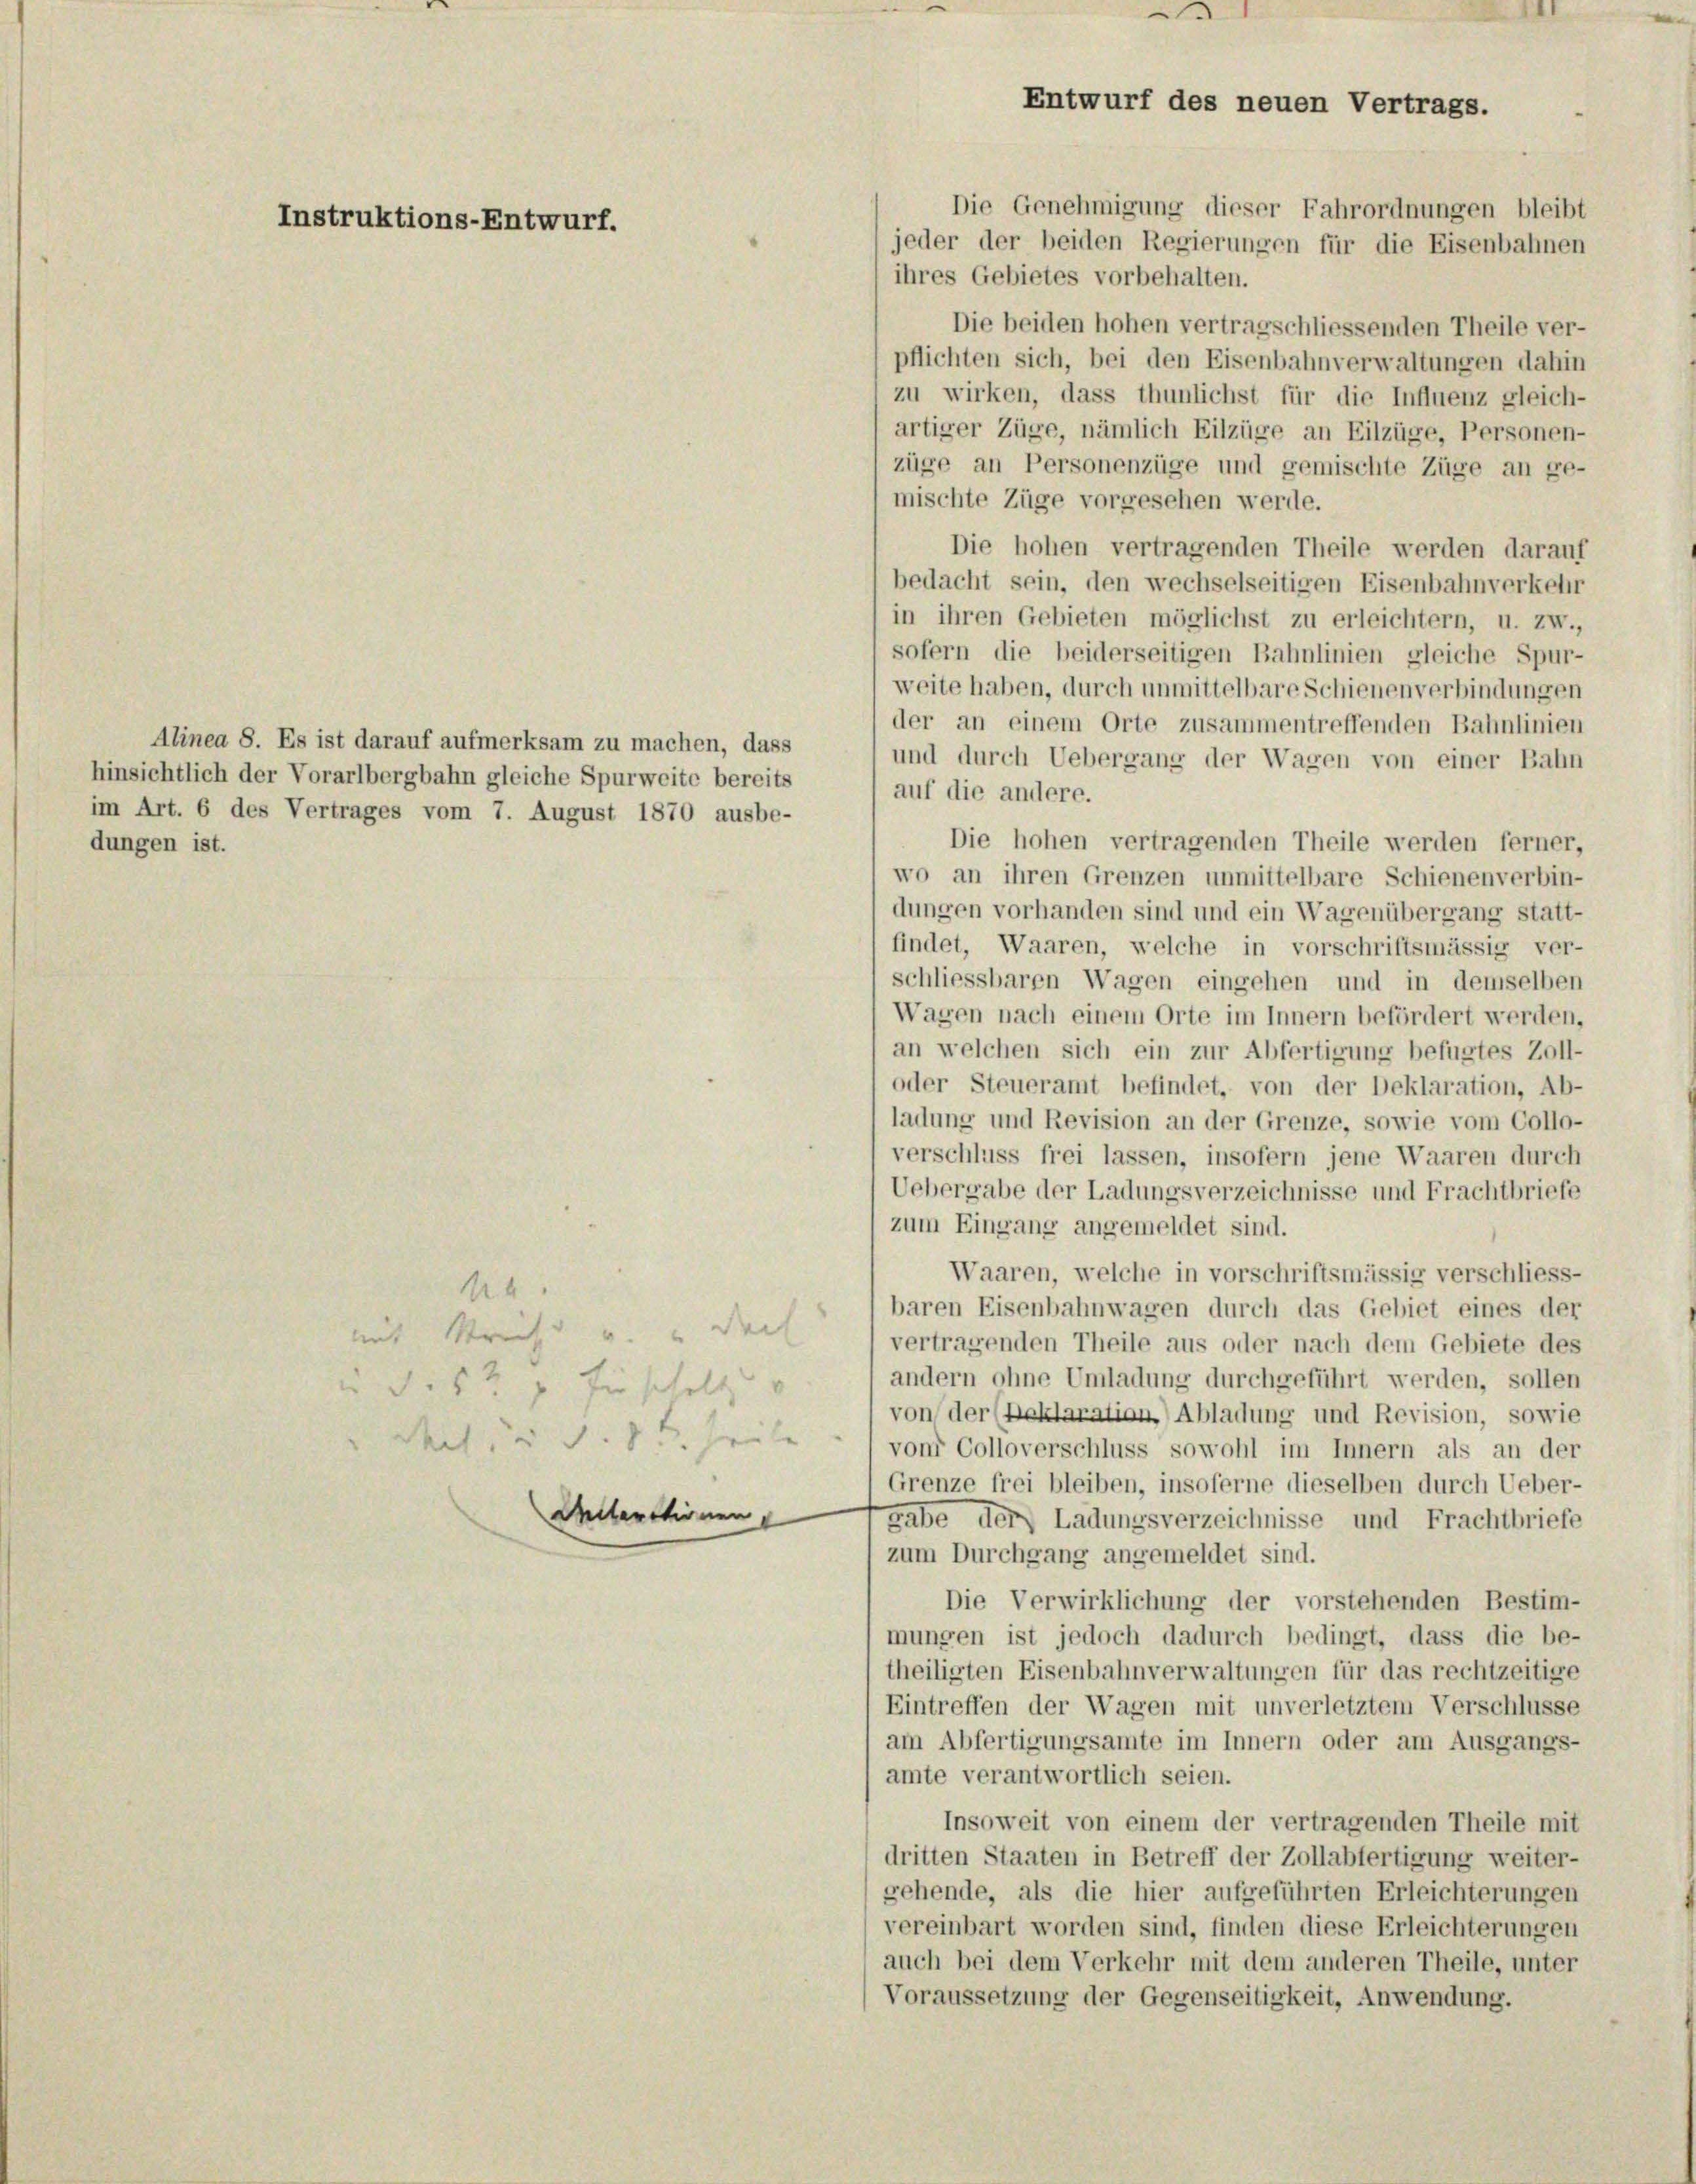
Instruktions-Entwurf.

Alinea 8. Es ist darauf aufmerksam zu machen, dass
hinsichtlich der Vorarlbergbahn gleiche Spurweite bereits
im Art. 6 des Vertrages vom 7. August 1870 ausbe-
dungen ist.

ihres Gebietes vorbehalten.
Die beiden hohen vertragschliessenden Theile ver-
pflichten sich, bei den Eisenbahnverwaltungen dahin
zu wirken, dass thunlichst für die Influenz gleich-
artiger Züge, nämlich Eilzüge an Eilzüge, Personen-
züge an Personenzüge und gemischte Züge an ge-
mischte Züge vorgesehen werde.
Die hohen vertragenden Theile werden darauf
bedacht sein, den wechselseitigen Eisenbahnverkehr
in ihren Gebieten möglichst zu erleichtern, u. zw.,
sofern die beiderseitigen Bahnlinien gleiche Spur-
weite haben, durch unmittelbare Schienenverbindungen
der an einem Orte zusammentreffenden Bahnlinien
und durch Uebergang der Wagen von einer Bahn
auf die andere.
Die hohen vertragenden Theile werden ferner,
wo an ihren Grenzen unmittelbare Schienenverbin-
dungen vorhanden sind und ein Wagenübergang statt-
findet, Waaren, welche in vorschriftsmässig ver-
schliessbaren Wagen eingehen und in demselben
Wagen nach einem Orte im Innern befördert werden,
an welchen sich ein zur Abfertigung befugtes Zoll-
oder Steueramt befindet, von der Deklaration, Ab-
ladung und Revision an der Grenze, sowie vom Collo-
verschluss frei lassen, insofern jene Waaren durch
Uebergabe der Ladungsverzeichnisse und Frachtbriefe
zum Eingang angemeldet sind.
Waaren, welche in vorschriftsmässig verschliess-
14.
baren Eisenbahnwagen durch das Gebiet eines der
mit Kreis und und doch
vertragenden Theile aus oder nach dem Gebiete des
andern ohne Umladung durchgeführt werden, sollen
5½ p für scholtz
von der (Reklaration) Abladung und Revision, sowie
Mil. S. 85 heite
vom Colloverschluss sowohl im Innern als an der
Grenze frei bleiben, insoferne dieselben durch Ueber-
Alterationen
gabe der Ladungsverzeichnisse und Frachtbriefe
zum Durchgang angemeldet sind.
Die Verwirklichung der vorstehenden Bestim-
mungen ist jedoch dadurch bedingt, dass die be-
theiligten Eisenbahnverwaltungen für das rechtzeitige
Eintreffen der Wagen mit unverletztem Verschlüsse
am Abfertigungsamte im Innern oder am Ausgangs-
amte verantwortlich seien.
Insoweit von einem der vertragenden Theile mit
dritten Staaten in Betreff der Zollabfertigung weiter-
gehende, als die hier aufgeführten Erleichterungen
vereinbart worden sind, finden diese Erleichterungen
auch bei dem Verkehr mit dem anderen Theile, unter
Voraussetzung der Gegenseitigkeit, Anwendung.

.
Entwurf des neuen Vertrags.
Die Genehmigung dieser Fahrordnungen bleibt
jeder der beiden Regierungen für die Eisenbahnen